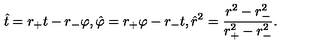
\hat { t } = r _ { + } t - r _ { - } \varphi , \hat { \varphi } = r _ { + } \varphi - r _ { - } t , \hat { r } ^ { 2 } = \frac { r ^ { 2 } - r _ { - } ^ { 2 } } { r _ { + } ^ { 2 } - r _ { - } ^ { 2 } } .